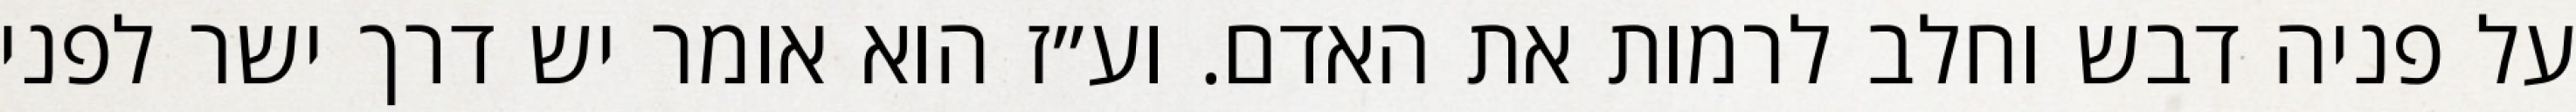
על פניה דבש וחלב לרמות את האדם. וע״ז הוא אומר יש דרך ישר לפני